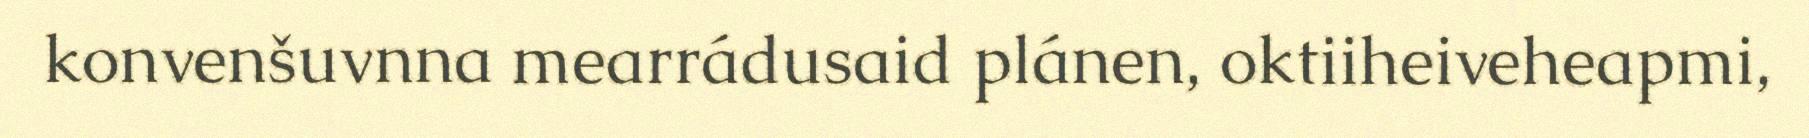
konvenšuvnna mearrádusaid plánen, oktiiheiveheapmi,